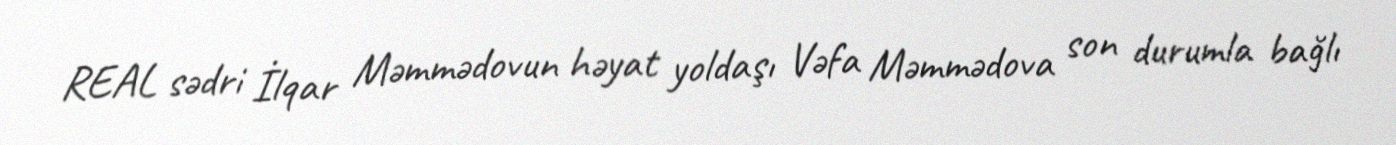
REAL sədri İlqar Məmmədovun həyat yoldaşı Vəfa Məmmədova son durumla bağlı